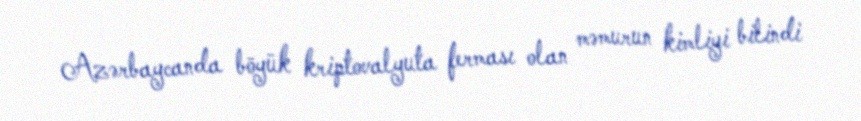
Azərbaycanda böyük kriptovalyuta ferması olan məmurun kimliyi bilindi